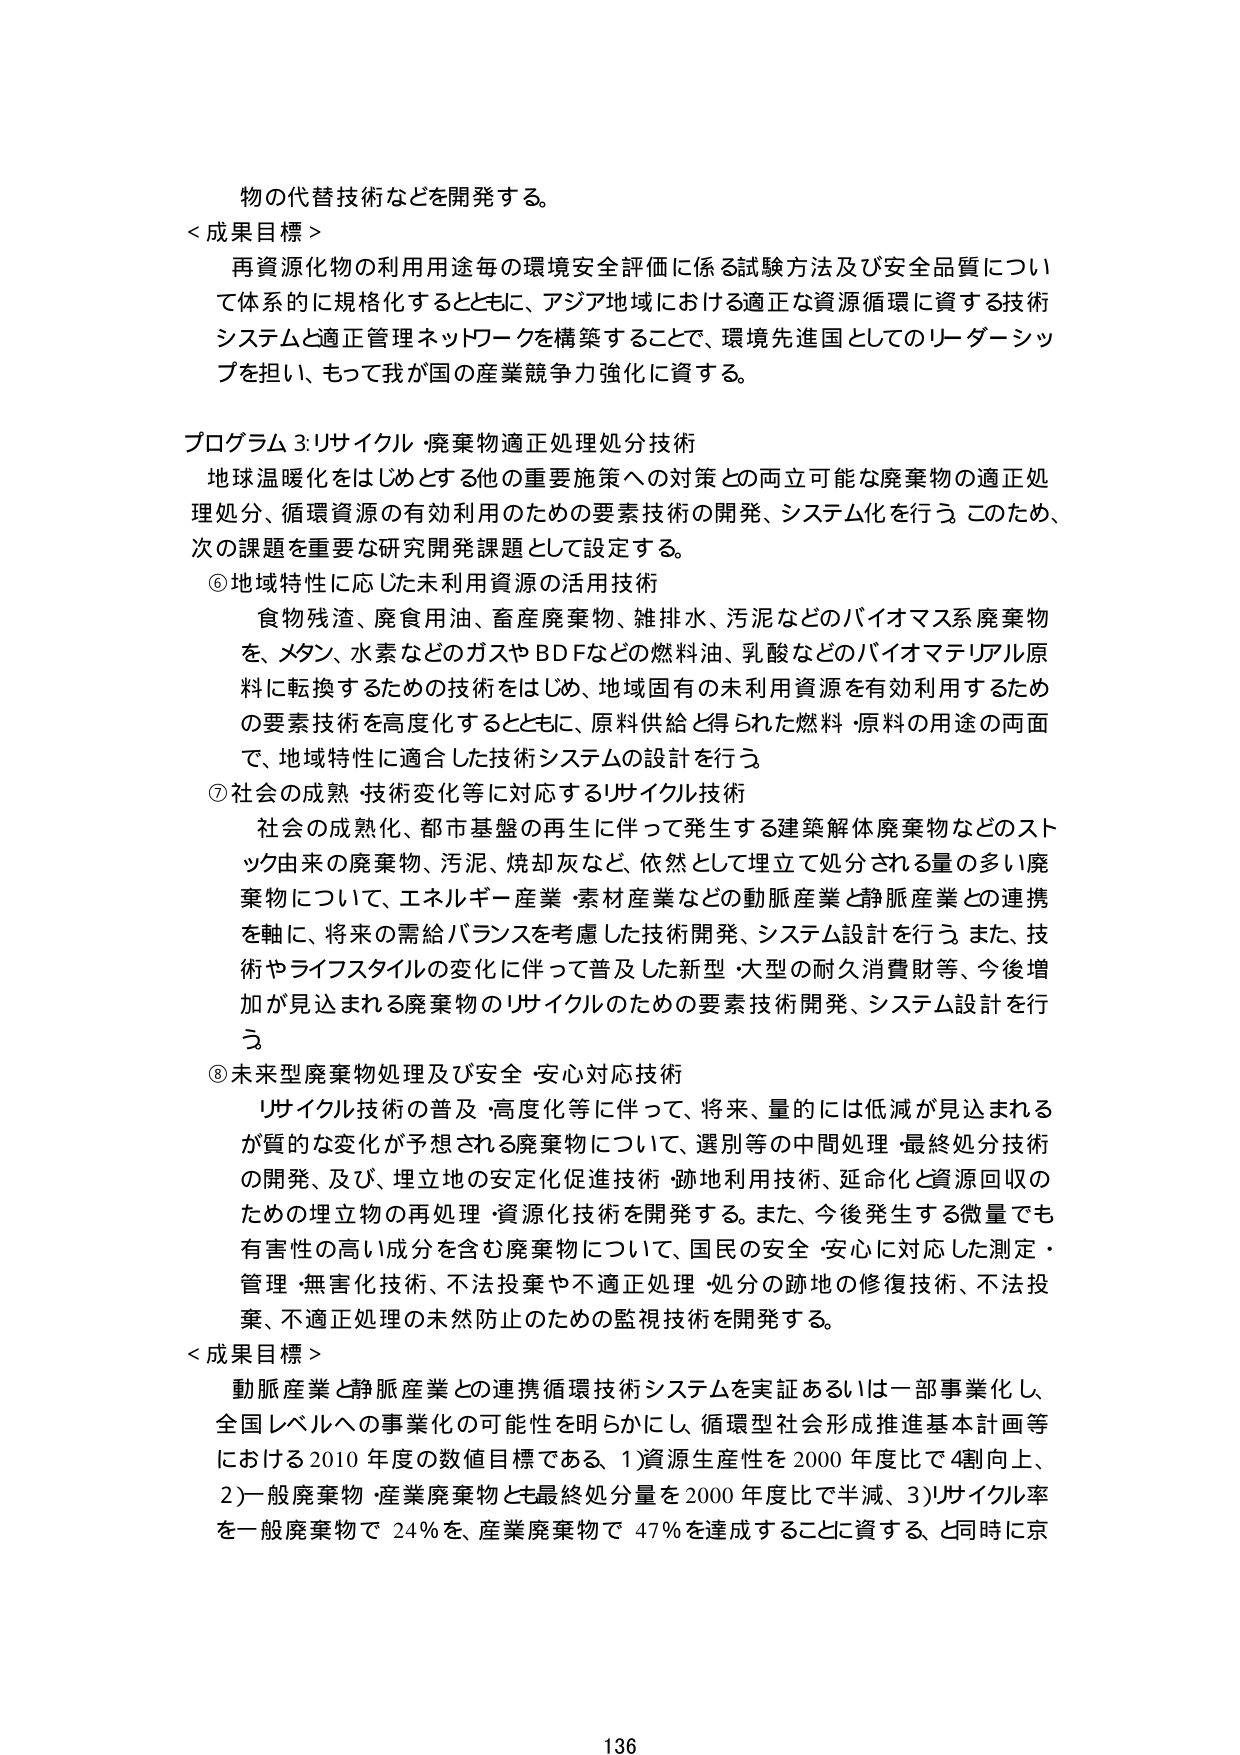
物の代替技術などを開発する。

＜成果目標＞
再資源化物の利用用途毎の環境安全評価に係る試験方法及び安全品質について体系的に規格化するとともに、アジア地域における適正な資源循環に資する技術システムと適正管理ネットワークを構築することで、環境先進国としてのリーダーシップを担い、もって我が国の産業競争力強化に資する。

プログラム3：リサイクル・廃棄物適正処理処分技術
地球温暖化をはじめとする他の重要施策への対策との両立可能な廃棄物の適正処理処分、循環資源の有効利用のための要素技術の開発、システム化を行う。このため、次の課題を重要な研究開発課題として設定する。

⑥ 地域特性に応じた未利用資源の活用技術
食物残渣、廃食用油、畜産廃棄物、雑排水、汚泥などのバイオマス系廃棄物を、メタン、水素などのガスやBDFなどの燃料油、乳酸などのバイオマテリアル原料に転換するための技術をはじめ、地域固有の未利用資源を有効利用するための要素技術を高度化するとともに、原料供給と得られた燃料・原料の用途の両面で、地域特性に適合した技術システムの設計を行う。

⑦ 社会の成熟・技術変化等に対応するリサイクル技術
社会の成熟化、都市基盤の再生に伴って発生する建築解体廃棄物などのストック由来の廃棄物、汚泥、焼却灰など、依然として埋立て処分される量の多い廃棄物について、エネルギー産業・素材産業などの動脈産業と静脈産業との連携を軸に、将来の需給バランスを考慮した技術開発、システム設計を行う。また、技術やライフスタイルの変化に伴って普及した新型・大型の耐久消費財等、今後増加が見込まれる廃棄物のリサイクルのための要素技術開発、システム設計を行う。

⑧ 未来型廃棄物処理及び安全・安心対応技術
リサイクル技術の普及・高度化等に伴って、将来、量的には低減が見込まれるが質的な変化が予想される廃棄物について、選別等の中間処理・最終処分技術の開発、及び、埋立地の安定化促進技術・跡地利用技術、延命化と資源回収のための埋立物の再処理・資源化技術を開発する。また、今後発生する微量でも有害性の高い成分を含む廃棄物について、国民の安全・安心に対応した測定・管理・無害化技術、不法投棄や不適正処理・処分の跡地の修復技術、不法投棄、不適正処理の未然防止のための監視技術を開発する。

＜成果目標＞
動脈産業と静脈産業との連携循環技術システムを実証あるいは一部事業化し、全国レベルへの事業化の可能性を明らかにし、循環型社会形成推進基本計画等における2010年度の数値目標である、1）資源生産性を2000年度比で4割向上、2）一般廃棄物・産業廃棄物とも最終処分量を2000年度比で半減、3）リサイクル率を一般廃棄物で24％を、産業廃棄物で47％を達成することに資する。と同時に京

136